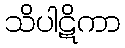
သိပါဋိကာ